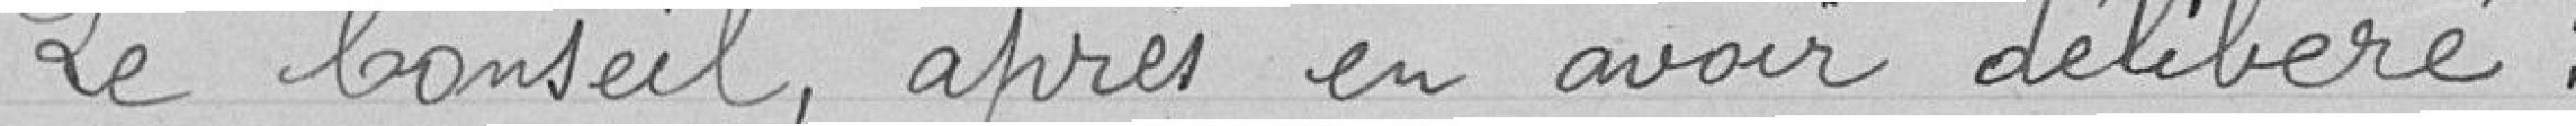
Le Conseil, après en avoir délibéré